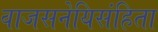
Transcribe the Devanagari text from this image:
वाजसनेयिसंहिता